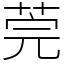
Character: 莞